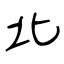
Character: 北